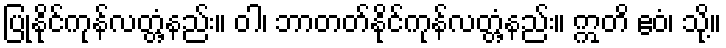
ပြုနိုင်ကုန်လတ္တံ့နည်း။ ဝါ၊ ဘာတတ်နိုင်ကုန်လတ္တံ့နည်း။ ဣတိ ဧဝံ၊ သို့။